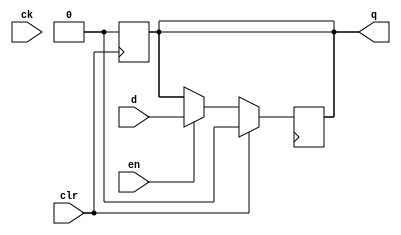
module ff (d,ck,clr,en,q);
    input d,ck,clr,en;
    output  reg q;
    always@(posedge clk)
        begin 
            if(clr)
                q <=0;
            else if (en)
                q<=d;
        end
    always@(posedge clr)
        begin 
            if(clr) begin 
                q<=0;
            end
        end 
endmodule